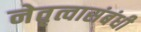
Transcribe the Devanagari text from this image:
नेतृत्वासंबंधी